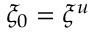
\xi _ { 0 } = \xi ^ { u }